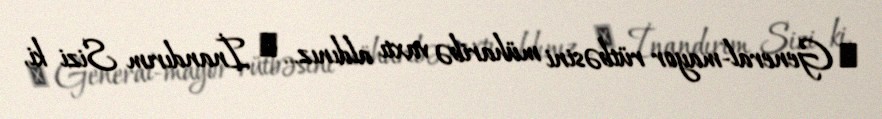
─ General-mayor rütbəsini müharibə vaxtı aldınız... ─ İnandırım Sizi ki,